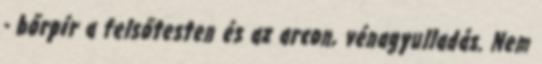
- bőrpír a felsőtesten és az arcon, vénagyulladás. Nem